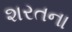
શરતના